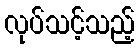
လုပ်သင့်သည့်